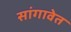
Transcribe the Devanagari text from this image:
सांगावेत